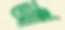
আঁৎ